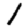
Digit: 1